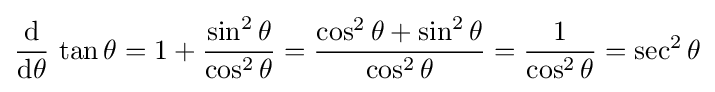
{\frac {\operatorname {d} }{\operatorname {d} \!\theta }}\,\tan \theta =1+{\frac {\sin ^{2}\theta }{\cos ^{2}\theta }}={\frac {\cos ^{2}\theta +\sin ^{2}\theta }{\cos ^{2}\theta }}={\frac {1}{\cos ^{2}\theta }}=\sec ^{2}\theta